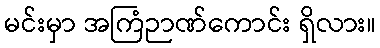
မင်းမှာ အကြံဉာဏ်ကောင်း ရှိလား။